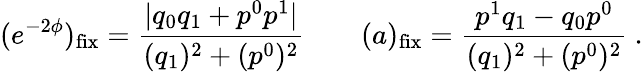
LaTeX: (e^{-2\phi})_{\mathrm{fix}}={\frac{|q_{0}q_{1}+p^{0}p^{1}|}{(q_{1})^{2}+(p^{0})^{2}}}\qquad(a)_{\mathrm{fix}}={\frac{p^{1}q_{1}-q_{0}p^{0}}{(q_{1})^{2}+(p^{0})^{2}}}\ .